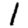
Digit: 1